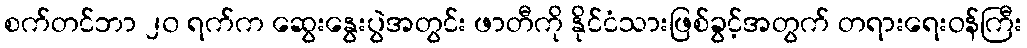
စက်တင်ဘာ ၂၀ ရက်က ဆွေးနွေးပွဲအတွင်း ဖာတီကို နိုင်ငံသားဖြစ်ခွင့်အတွက် တရားရေးဝန်ကြီး